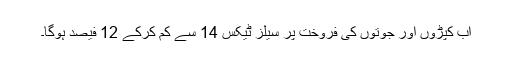
اب کپڑوں اور جوتوں کی فروخت پر سیلز ٹیکس 14 سے کم کرکے 12 فیصد ہوگا۔